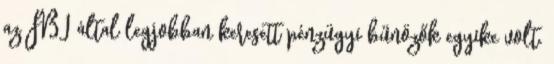
az FBI által legjobban keresett pénzügyi bűnözők egyike volt.